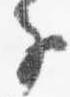
子